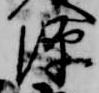
源